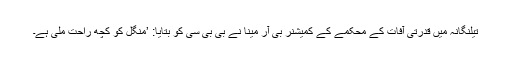
تیلنگانہ میں قدرتی آفات کے محکمے کے کمیشنر بی آر مینا نے بی بی سی کو بتایا: ’منگل کو کچھ راحت ملی ہے۔